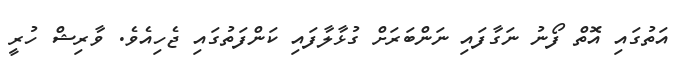
އަތުގައި އޮތް ފޯނު ނަގާފައި ނަންބަރަށް ގުޅާލާފައި ކަންފަތުގައި ޖެހިއެވެ. ވާރިޝް ހުރީ